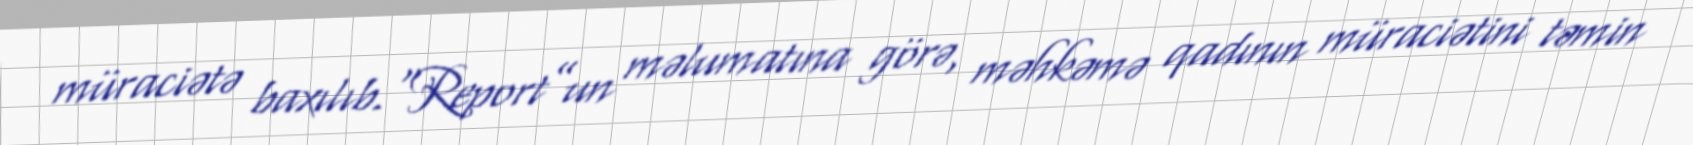
müraciətə baxılıb.“Report”un məlumatına görə, məhkəmə qadının müraciətini təmin